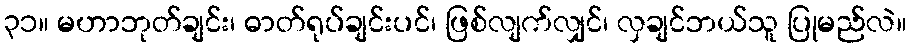
၃၁။ မဟာဘုတ်ချင်း၊ ဓာတ်ရုပ်ချင်းပင်၊ ဖြစ်လျက်လျှင်၊ လှချင်ဘယ်သူ ပြုမည်လဲ။